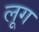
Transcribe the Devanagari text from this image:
लूग